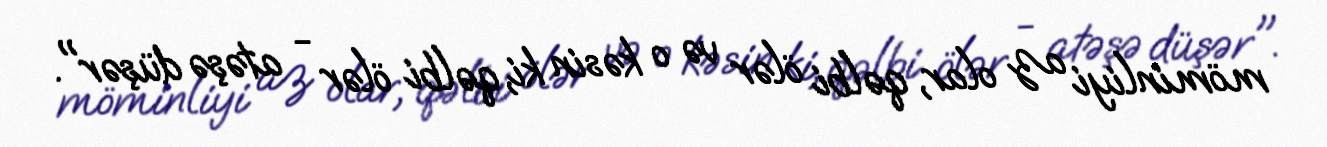
möminliyi az olar, qəlbi ölər və o kəsin ki, qəlbi ölər - atəşə düşər".